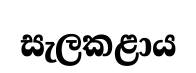
සැලකළාය